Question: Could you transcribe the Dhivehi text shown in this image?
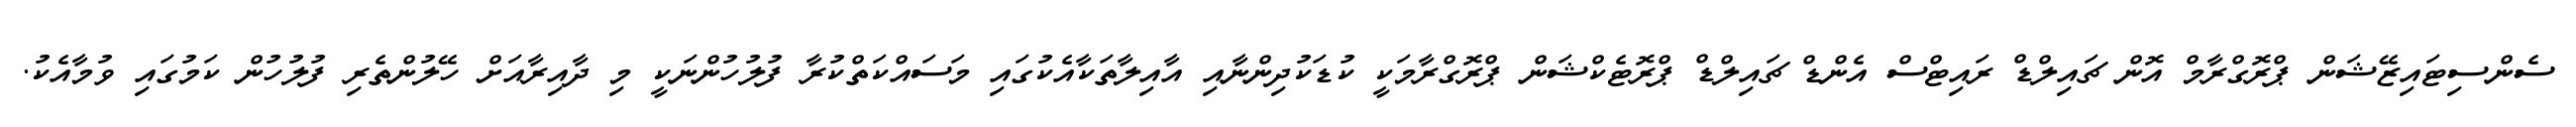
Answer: ސެންސިޓައިޒޭޝަން ޕްރޮގްރާމް އޮން ޗައިލްޑް ރައިޓްސް އެންޑް ޗައިލްޑް ޕްރޮޓެކްޝަން ޕްރޮގްރާމަކީ ކުޑަކުދިންނާއި އާއިލާތަކާއެކުގައި މަސައްކަތްކުރާ ފުލުހުންނަކީ މި ދާއިރާއަށް ހޭލުންތެރި ފުލުހުން ކަމުގައި ވުމާއެކު.